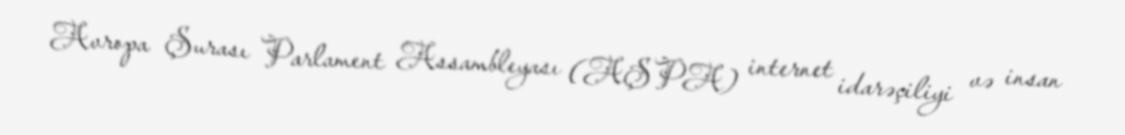
Avropa Şurası Parlament Assambleyası (AŞPA) internet idarəçiliyi və insan